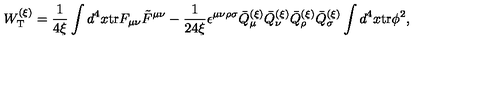
W _ { \mathrm { T } } ^ { ( \xi ) } = \frac { 1 } { 4 \xi } \int d ^ { 4 } x \mathrm { t r } F _ { \mu \nu } \tilde { F } ^ { \mu \nu } - \frac { 1 } { 2 4 \xi } \epsilon ^ { \mu \nu \rho \sigma } \bar { Q } _ { \mu } ^ { ( \xi ) } \bar { Q } _ { \nu } ^ { ( \xi ) } \bar { Q } _ { \rho } ^ { ( \xi ) } \bar { Q } _ { \sigma } ^ { ( \xi ) } \int d ^ { 4 } x \mathrm { t r } \phi ^ { 2 } ,